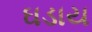
ઘડાય